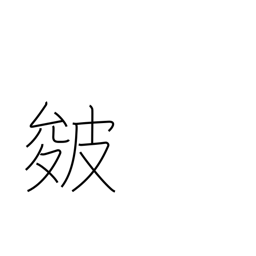
Meaning: creases